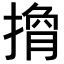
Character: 𢲍